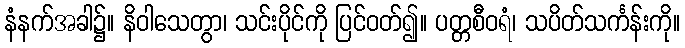
နံနက်အခါ၌။ နိဝါသေတွာ၊ သင်းပိုင်ကို ပြင်ဝတ်၍။ ပတ္တစီဝရံ၊ သပိတ်သင်္ကန်းကို။